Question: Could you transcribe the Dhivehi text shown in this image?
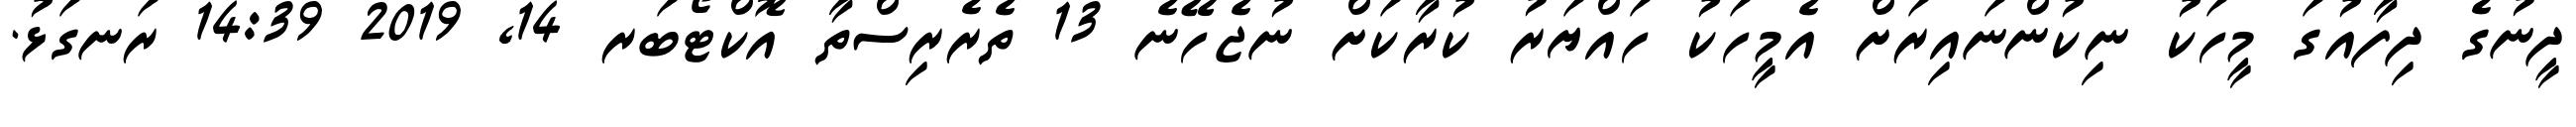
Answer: ދީނުގެ ދިފާއުގަ މީހަކު ނިކުންނައިރަށް އެމީހަކު ހައްޔަރު ކުރާކަށް ނުޖެހޭނެ 13 ތެރެރިސްތާ އޮކްޓޯބަރ 14, 2019 14:39 ރަނގަޅު.